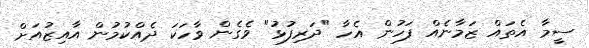
ސީމާ އެތައް ޒަމާނެއް ފަހުން އެހާ "ދަރިފުޅު" ވެގެން ވާހަކަ ދެއްކުމުން އާއިޒުއަށް